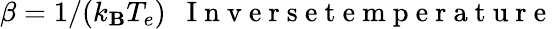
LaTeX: \beta=1/(k_{\mathbf{B}}T_{e})~~\mathrm{{~I~n~v~e~r~s~e~t~e~m~p~e~r~a~t~u~r~e~}}